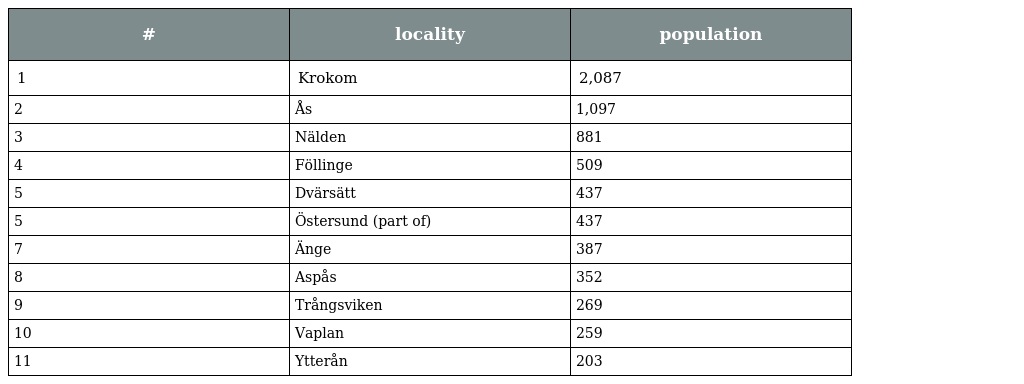
| # | locality | population |
 | --- | --- | --- |
 | 1 | Krokom | 2,087 |
 | 2 | Ås | 1,097 |
 | 3 | Nälden | 881 |
 | 4 | Föllinge | 509 |
 | 5 | Dvärsätt | 437 |
 | 5 | Östersund (part of) | 437 |
 | 7 | Änge | 387 |
 | 8 | Aspås | 352 |
 | 9 | Trångsviken | 269 |
 | 10 | Vaplan | 259 |
 | 11 | Ytterån | 203 |